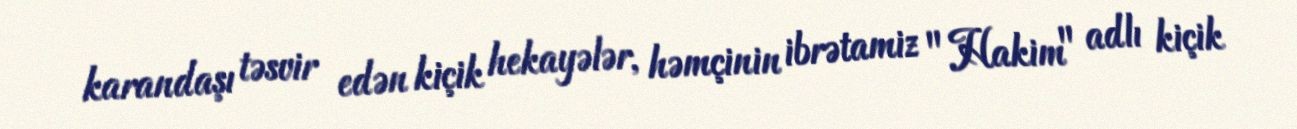
karandaşı təsvir edən kiçik hekayələr, həmçinin ibrətamiz "Hakim" adlı kiçik